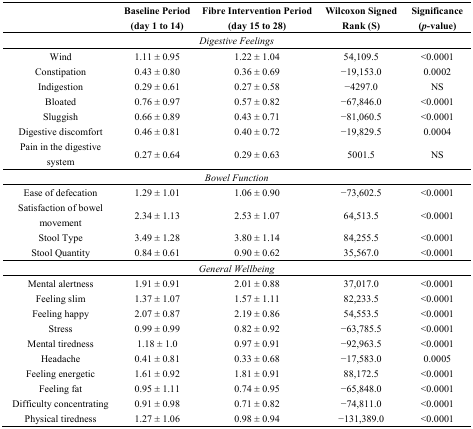
<table><thead><tr><td></td><td><b>Baseline Period (day 1 to 14)</b></td><td><b>Fibre Intervention Period (day 15 to 28)</b></td><td><b>Wilcoxon Signed Rank (S)</b></td><td><b>Significance (<i>p</i>-value)</b></td></tr></thead><tbody><tr><td colspan="5"><i>Digestive Feelings</i></td></tr><tr><td>Wind</td><td>1.11 ± 0.95</td><td>1.22 ± 1.04</td><td>54,109.5</td><td>&lt;0.0001</td></tr><tr><td>Constipation</td><td>0.43 ± 0.80</td><td>0.36 ± 0.69</td><td>−19,153.0</td><td>0.0002</td></tr><tr><td>Indigestion</td><td>0.29 ± 0.61</td><td>0.27 ± 0.58</td><td>−4297.0</td><td>NS</td></tr><tr><td>Bloated</td><td>0.76 ± 0.97</td><td>0.57 ± 0.82</td><td>−67,846.0</td><td>&lt;0.0001</td></tr><tr><td>Sluggish</td><td>0.66 ± 0.89</td><td>0.43 ± 0.71</td><td>−81,060.5</td><td>&lt;0.0001</td></tr><tr><td>Digestive discomfort</td><td>0.46 ± 0.81</td><td>0.40 ± 0.72</td><td>−19,829.5</td><td>0.0004</td></tr><tr><td>Pain in the digestive system</td><td>0.27 ± 0.64</td><td>0.29 ± 0.63</td><td>5001.5</td><td>NS</td></tr><tr><td colspan="5"><i>Bowel Function</i></td></tr><tr><td>Ease of defecation</td><td>1.29 ± 1.01</td><td>1.06 ± 0.90</td><td>−73,602.5</td><td>&lt;0.0001</td></tr><tr><td>Satisfaction of bowel movement</td><td>2.34 ± 1.13</td><td>2.53 ± 1.07</td><td>64,513.5</td><td>&lt;0.0001</td></tr><tr><td>Stool Type </td><td>3.49 ± 1.28</td><td>3.80 ± 1.14</td><td>84,255.5</td><td>&lt;0.0001</td></tr><tr><td>Stool Quantity</td><td>0.84 ± 0.61</td><td>0.90 ± 0.62</td><td>35,567.0</td><td>&lt;0.0001</td></tr><tr><td colspan="5"><i>General Wellbeing</i></td></tr><tr><td>Mental alertness</td><td>1.91 ± 0.91</td><td>2.01 ± 0.88</td><td>37,017.0</td><td>&lt;0.0001</td></tr><tr><td>Feeling slim</td><td>1.37 ± 1.07</td><td>1.57 ± 1.11</td><td>82,233.5</td><td>&lt;0.0001</td></tr><tr><td>Feeling happy</td><td>2.07 ± 0.87</td><td>2.19 ± 0.86</td><td>54,553.5</td><td>&lt;0.0001</td></tr><tr><td>Stress</td><td>0.99 ± 0.99</td><td>0.82 ± 0.92</td><td>−63,785.5</td><td>&lt;0.0001</td></tr><tr><td>Mental tiredness</td><td>1.18 ± 1.0</td><td>0.97 ± 0.91</td><td>−92,963.5</td><td>&lt;0.0001</td></tr><tr><td>Headache</td><td>0.41 ± 0.81</td><td>0.33 ± 0.68</td><td>−17,583.0</td><td>0.0005</td></tr><tr><td>Feeling energetic</td><td>1.61 ± 0.92</td><td>1.81 ± 0.91</td><td>88,172.5</td><td>&lt;0.0001</td></tr><tr><td>Feeling fat</td><td>0.95 ± 1.11</td><td>0.74 ± 0.95</td><td>−65,848.0</td><td>&lt;0.0001</td></tr><tr><td>Difficulty concentrating</td><td>0.91 ± 0.98</td><td>0.71 ± 0.82</td><td>−74,811.0</td><td>&lt;0.0001</td></tr><tr><td>Physical tiredness</td><td>1.27 ± 1.06</td><td>0.98 ± 0.94</td><td>−131,389.0</td><td>&lt;0.0001</td></tr></tbody></table>